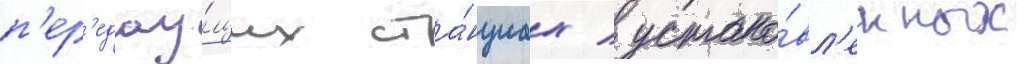
п'ер'едау́щих ста́нциах / устано́вл'енных